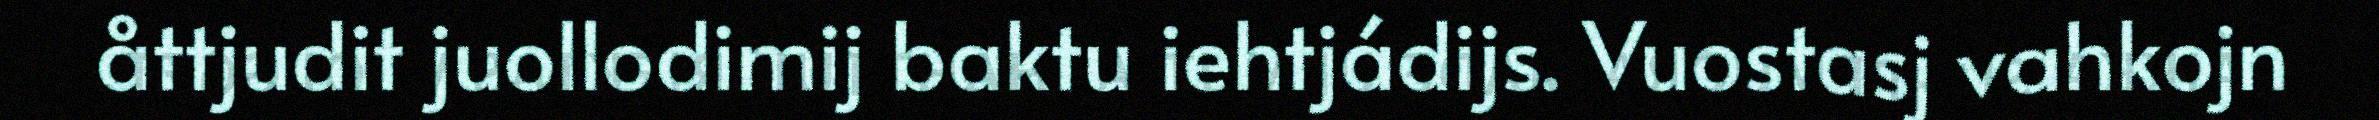
åttjudit juollodimij baktu iehtjádijs. Vuostasj vahkojn